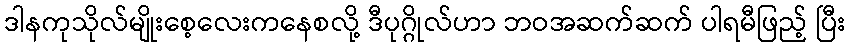
ဒါနကုသိုလ်မျိုးစေ့လေးကနေစလို့ ဒီပုဂ္ဂိုလ်ဟာ ဘဝအဆက်ဆက် ပါရမီဖြည့် ပြီး